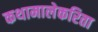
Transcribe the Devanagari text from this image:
कथामालेकरिता